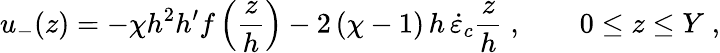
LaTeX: u_{-}(z)=-\chi h^{2}h^{\prime}f\left(\frac{z}{h}\right)-2\, (\chi-1)\, h\, \dot{\varepsilon}_{c}\frac{z}{h}\; ,\qquad 0\le z\le Y\; ,